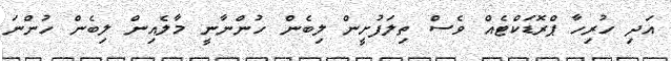
އަދި ހުރިހާ ޕްރޮޑަކްޓެއް ވެސް ތިލަފުށީން ލިބެން ހުންނާނީ މާލެއިން ލިބެން ހުންނަ